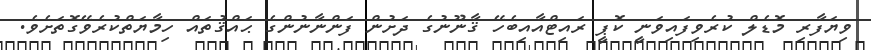
ވިޔަފާރި މޮޑެލް ކުރެވިފައިވަނީ ކޮޕީ ރައިޓްއާއިބެހޭ ޤާނޫނުގެ ދަށުން ފަންނާނުންގެ ޙައްޤުތައް ހިމާޔަތްކުރެވޭގޮތަށެވެ.